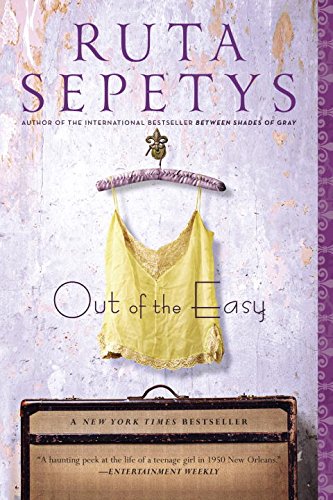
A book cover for Out of the Easy; Ruta Sepetys; Teen & Young Adult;